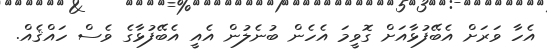
އެހާ ވަރަށް އެބޭފުޅާއަށް ގޮވީމަ އެހެން ބުނެލުން އެއީ އެބޭފުޅާގެ ވެސް ހައްޤެއް.